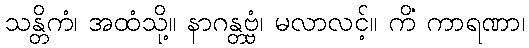
သန္တိကံ၊ အထံသို့။ နာဂန္တဗ္ဗံ၊ မလာလင့်။ ကိံ ကာရဏာ၊